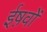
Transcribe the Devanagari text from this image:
ईष़वों